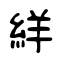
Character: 絴